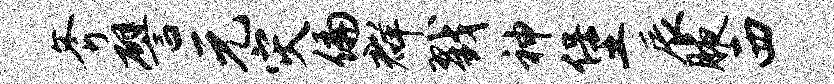
斧譬元灾偏群戮神堡辰腋西